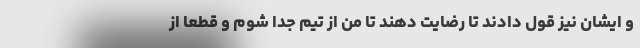
و ایشان نیز قول دادند تا رضایت دهند تا من از تیم جدا شوم و قطعا از